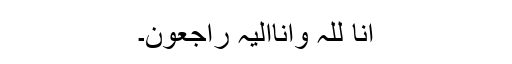
اِنَّا لِلّٰہِ وَاِنَّااِلَیْہِ رَاجِعُوْنَ۔